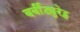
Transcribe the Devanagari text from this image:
बर्बीट्युरेट्स